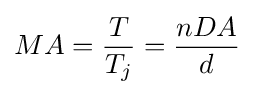
MA={\frac {T}{T_{j}}}={\frac {nDA}{d}}